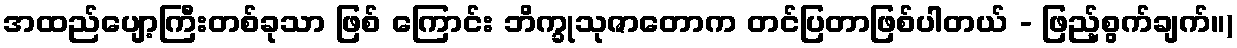
အထည်ပျော့ကြီးတစ်ခုသာ ဖြစ် ကြောင်း ဘိက္ခုသုဇာတောက တင်ပြတာဖြစ်ပါတယ် - ဖြည့်စွက်ချက်။)